Punjab Mental Hospital Lahore 1932-46 - 1932-1946
Year: 1932
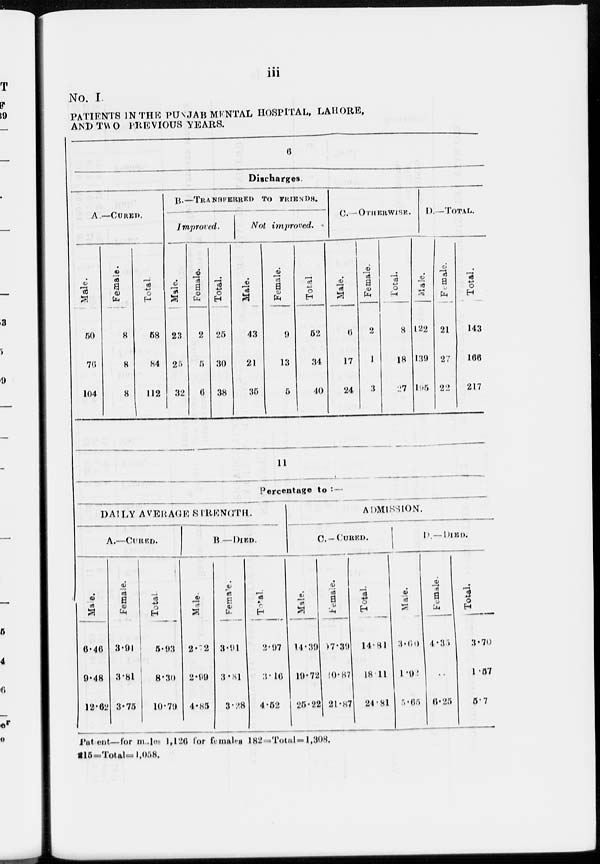
iii
No. I.
PATIENTS IN THE PUNJAB MENTAL HOSPITAL, LAHORE,
AND TWO PREVIOUS YEARS.
6
Discharges
A.—CURED.
Male.
50
76
104
Female.
8
8
8
Total.
58
84
112
B.— TRANSFERRED TO FRIENDS.
Improved.
Male.
23
25
32
Female.
2
5
6
Total.
25
30
38
Not improved.
Male.
43
21
35
Female.
9
13
5
Total.
52
34
40
C.—OTHERWISE.
Male.
6
17
24
Female.
2
1
3
Total.
8
18
27
D.—TOTAL.
Male.
122
139
l95
Female.
21
27
22
Total.
143
166
217
11
Percentage to :-
DAILY AVERAGE STRENGTH.
A.—CURED.
Male.
6.46
9.48
12.62
Female.
3.91
3.81
3.75
Total.
5.93
8.30
10.79
B.—DIED.
Male.
2.72
2.99
4.85
Female.
3.91
3.81
3.28
Total.
2.97
3.16
4.52
ADMISSION.
C.—CURED.
Male.
14.39
19.72
25.22
Female.
17.39
20.87
21.87
Total.
14.81
18.11
24.81
D.—DIED.
Male.
3.60
1.92
5.65
Female.
4.35
..
6.25
Total.
3.70
1.57
5.7
Patient— for males 1,126 for females 182 ,Total=1,308.
215=Total=1,058.